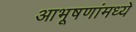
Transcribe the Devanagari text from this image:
आभूषणांमध्ये